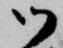
御